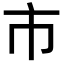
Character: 市